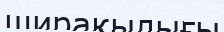
ширақылығы